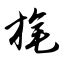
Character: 旄